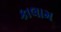
કાલામ